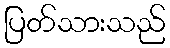
ပြတ်သားသည်